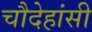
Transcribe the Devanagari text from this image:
चौदेहांसी